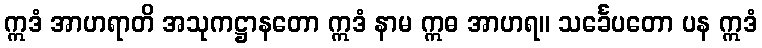
ဣဒံ အာဟရာတိ အသုကဋ္ဌာနတော ဣဒံ နာမ ဣဓ အာဟရ။ သင်္ခေပတော ပန ဣဒံ